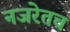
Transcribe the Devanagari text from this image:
नजरेतच